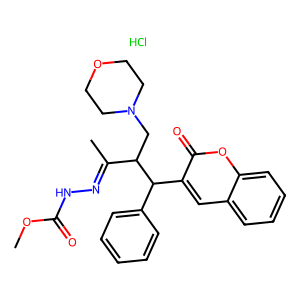
SMILES: COC(=O)NN=C(C)C(CN1CCOCC1)C(c1ccccc1)c1cc2ccccc2oc1=O.Cl
Inhibits HIV replication: No